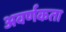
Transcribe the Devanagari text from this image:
अवर्णकता